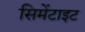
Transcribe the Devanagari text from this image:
सिमेंटाइट